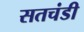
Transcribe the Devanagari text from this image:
सतचंडी